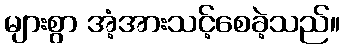
များစွာ အံ့အားသင့်စေခဲ့သည်။